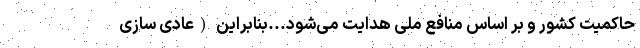
حاکمیت کشور و بر اساس منافع ملی هدایت می‌شود...بنابراین (عادی سازی